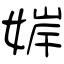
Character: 婩